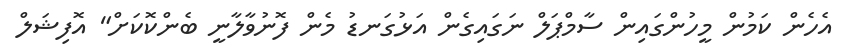
އެހެން ކަމުން މީހުންގައިން ސާމްޕަލް ނަގައިގެން އަޅުގަނޑު މެން ފޮނުވާލާނީ ބެންކޮކަށް" އޮފިޝަލް